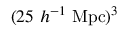
( 2 5 \ h ^ { - 1 } \ \mathrm { M p c } ) ^ { 3 }